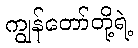
ကျွန်တော်တို့ရဲ့